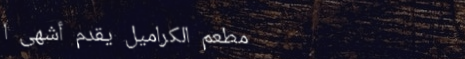
مطعم الكراميل يقدم أشهى ا